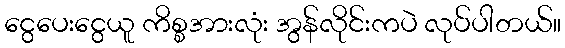
ငွေပေးငွေယူ ကိစ္စအားလုံး အွန်လိုင်းကပဲ လုပ်ပါတယ်။